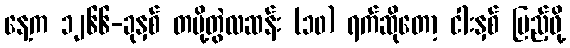
နေ့က ၁၂၆၆-ခုနှစ် တပို့တွဲလဆန်း (၁၀) ရက်ဆိုတော့ ငါးနှစ် ပြည့်ဖို့